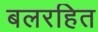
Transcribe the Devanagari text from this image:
बलरहित